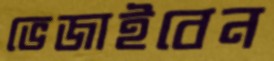
ভেজাইবেন